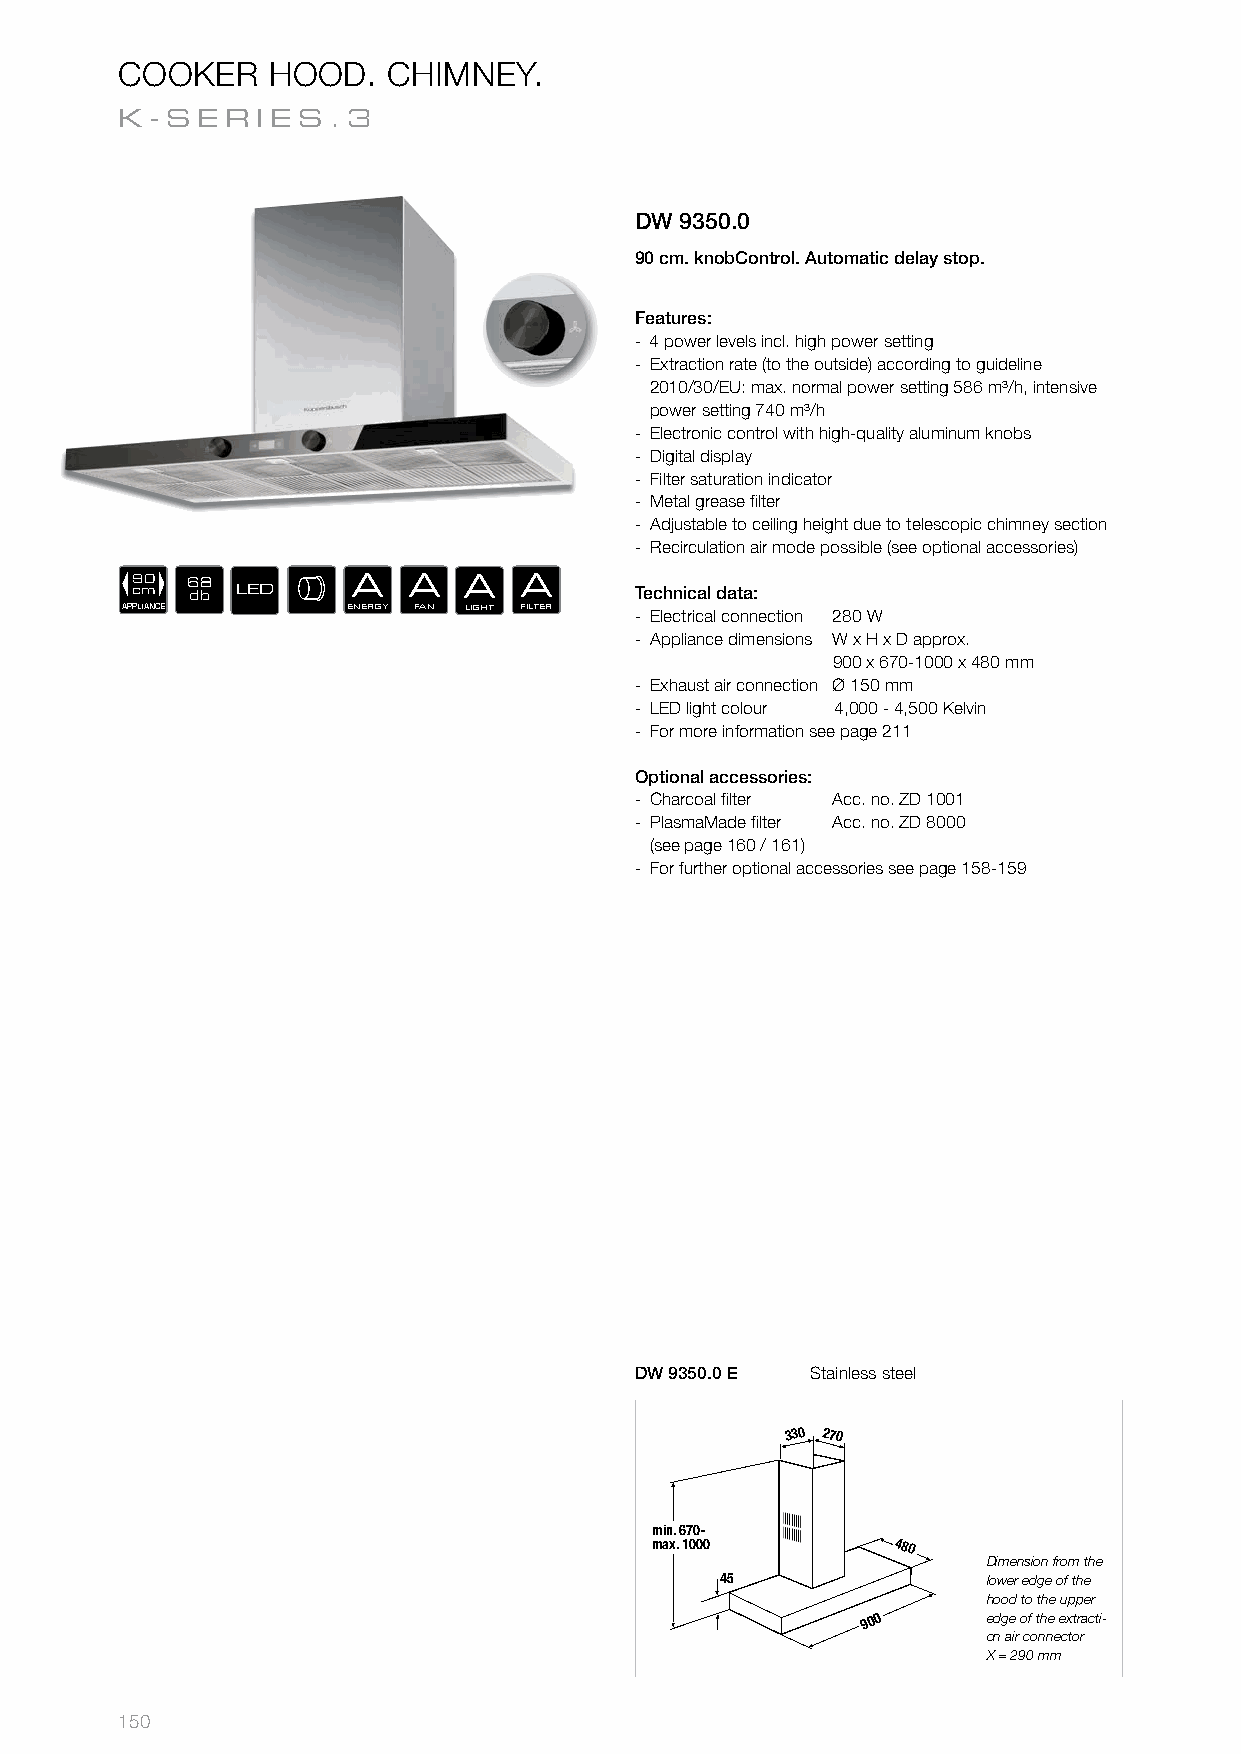
COOKER    HOOD.   CHIMNEY.
 K-SER    IES.3
 DW 9350.0
 90 cm. knobControl. Automatic delay stop.
 Features:
 - 4 power levels incl. high power setting
 - Extraction rate (to the outside) according to guideline
 2010/30/EU: max. normal power setting 586 m³/h, intensive
 power setting 740 m³/h
 - Electronic control with high-quality aluminum knobs
 - Digital display
 - Filter saturation indicator
 - Metal grease fi lter
 - Adjustable to ceiling height due to telescopic chimney section
 - Recirculation air mode possible (see optional accessories)
 90 68         A   A   A  A
 cm  db LED                       Technical data:
 APPLIANCE      ENERGY FAN LIGHT FILTER - Electrical connection 280 W
 - Appliance dimensions W x H x D approx.
 900 x 670-1000 x 480 mm
 - Exhaust air connection Ø 150 mm
 - LED light colour 4,000 - 4,500 Kelvin
 - For more information see page 211
 Optional accessories:
 - Charcoal fi lter Acc. no. ZD 1001
 - PlasmaMade fi lter Acc. no. ZD 8000
 (see page 160 / 161)
 - For further optional accessories see page 158-159
 DW 9350.0 E Stainless steel
 330 270
 min. 670-
 max. 1000       480
 Dimension from the
 45               lower edge of the
 hood to the upper
 900     edge of the extracti-
 on air connector
 X = 290 mm
 150